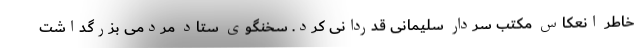
خاطر انعکاس مکتب سردار سلیمانی قدردانی کرد. سخنگوی ستاد مردمی بزرگداشت